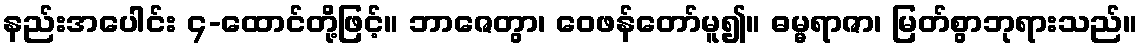
နည်းအပေါင်း ၄-ထောင်တို့ဖြင့်။ ဘာဇေတွာ၊ ဝေဖန်တော်မူ၍။ ဓမ္မရာဇာ၊ မြတ်စွာဘုရားသည်။